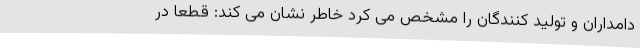
دامداران و تولید کنندگان را مشخص می کرد خاطر نشان می کند: قطعا در